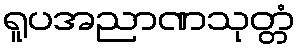
ရူပအညာဏသုတ္တံ